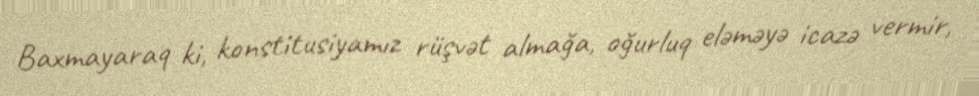
Baxmayaraq ki, konstitusiyamız rüşvət almağa, oğurluq eləməyə icazə vermir,